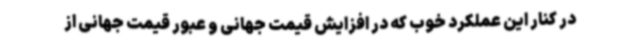
در کنار این عملکرد خوب که در افزایش قیمت جهانی و عبور قیمت جهانی از